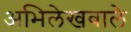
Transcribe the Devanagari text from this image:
अभिलेखवाले